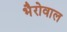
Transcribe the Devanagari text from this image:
भैरोवाल